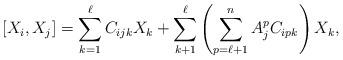
LaTeX: \begin{align*}[X_i,X_j]=\sum_{k=1}^{\ell}C_{ijk}X_k+ \sum_{k+1}^{\ell}\left(\sum_{p=\ell+1}^nA^p_jC_{ipk}\right)X_k,\end{align*}